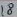
Text: 18